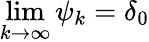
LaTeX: \operatorname*{lim}_{k\to\infty}\psi_{k}=\delta_{0}